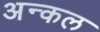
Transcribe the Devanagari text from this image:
अन्कल